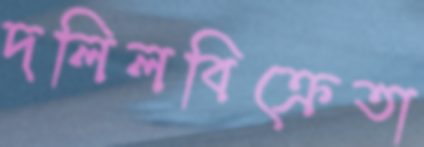
দলিলবিক্রেতা